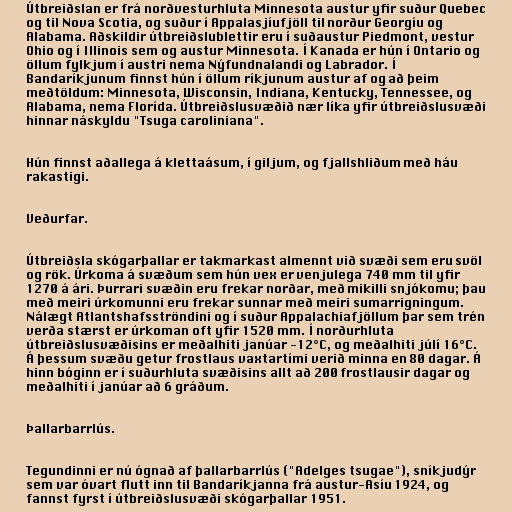
Útbreiðslan er frá norðvesturhluta Minnesota austur yfir suður Quebec
og til Nova Scotia, og suður í Appalasjíufjöll til norður Georgíu og
Alabama. Aðskildir útbreiðslublettir eru í suðaustur Piedmont, vestur
Ohio og í Illinois sem og austur Minnesota. Í Kanada er hún í Ontario og
öllum fylkjum í austri nema Nýfundnalandi og Labrador. Í
Bandaríkjunum finnst hún í öllum ríkjunum austur af og að þeim
meðtöldum: Minnesota, Wisconsin, Indiana, Kentucky, Tennessee, og
Alabama, nema Florída. Útbreiðslusvæðið nær líka yfir útbreiðslusvæði
hinnar náskyldu "Tsuga caroliniana".

Hún finnst aðallega á klettaásum, í giljum, og fjallshliðum með háu
rakastigi.

Veðurfar.

Útbreiðsla skógarþallar er takmarkast almennt við svæði sem eru svöl
og rök. Úrkoma á svæðum sem hún vex er venjulega 740 mm til yfir
1270 á ári. Þurrari svæðin eru frekar norðar, með mikilli snjókomu; þau
með meiri úrkomunni eru frekar sunnar með meiri sumarrigningum.
Nálægt Atlantshafsströndini og í suður Appalachiafjöllum þar sem trén
verða stærst er úrkoman oft yfir 1520 mm. Í norðurhluta
útbreiðslusvæðisins er meðalhiti janúar -12°C, og meðalhiti júlí 16°C.
Á þessum svæðu getur frostlaus vaxtartími verið minna en 80 dagar. Á
hinn bóginn er í suðurhluta svæðisins allt að 200 frostlausir dagar og
meðalhiti í janúar að 6 gráðum.

Þallarbarrlús.

Tegundinni er nú ógnað af þallarbarrlús ("Adelges tsugae"), sníkjudýr
sem var óvart flutt inn til Bandaríkjanna frá austur-Asíu 1924, og
fannst fyrst í útbreiðslusvæði skógarþallar 1951.